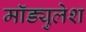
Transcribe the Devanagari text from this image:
मॉड्युलेश